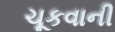
ચૂકવાની